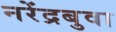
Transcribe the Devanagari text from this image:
नरेंद्रबुवा